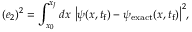
( e _ { 2 } ) ^ { 2 } = \int _ { x _ { 0 } } ^ { x _ { J } } d x \ \big | \psi ( x , t _ { \mathrm { f } } ) - \psi _ { \mathrm { e x a c t } } ( x , t _ { \mathrm { f } } ) \big | ^ { 2 } ,